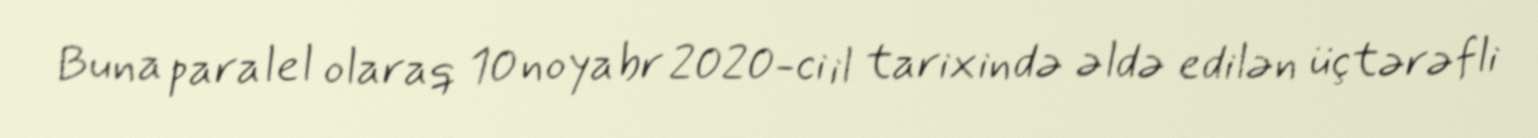
Buna paralel olaraq 10 noyabr 2020-ci il tarixində əldə edilən üçtərəfli